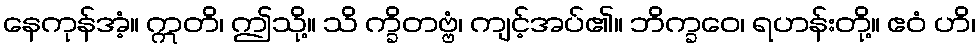
နေကုန်အံ့။ ဣတိ၊ ဤသို့။ သိ က္ခိတဗ္ဗံ၊ ကျင့်အပ်၏။ ဘိက္ခဝေ၊ ရဟန်းတို့။ ဧဝံ ဟိ၊